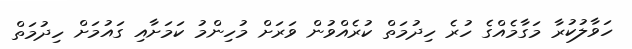
ހަވާލުކުރާ މަގާމެއްގެ ހުރެ ހިދުމަތް ކުރެއްވުން ވަރަށް މުހިންމު ކަމަށާއި ގައުމަށް ހިދުމަތް